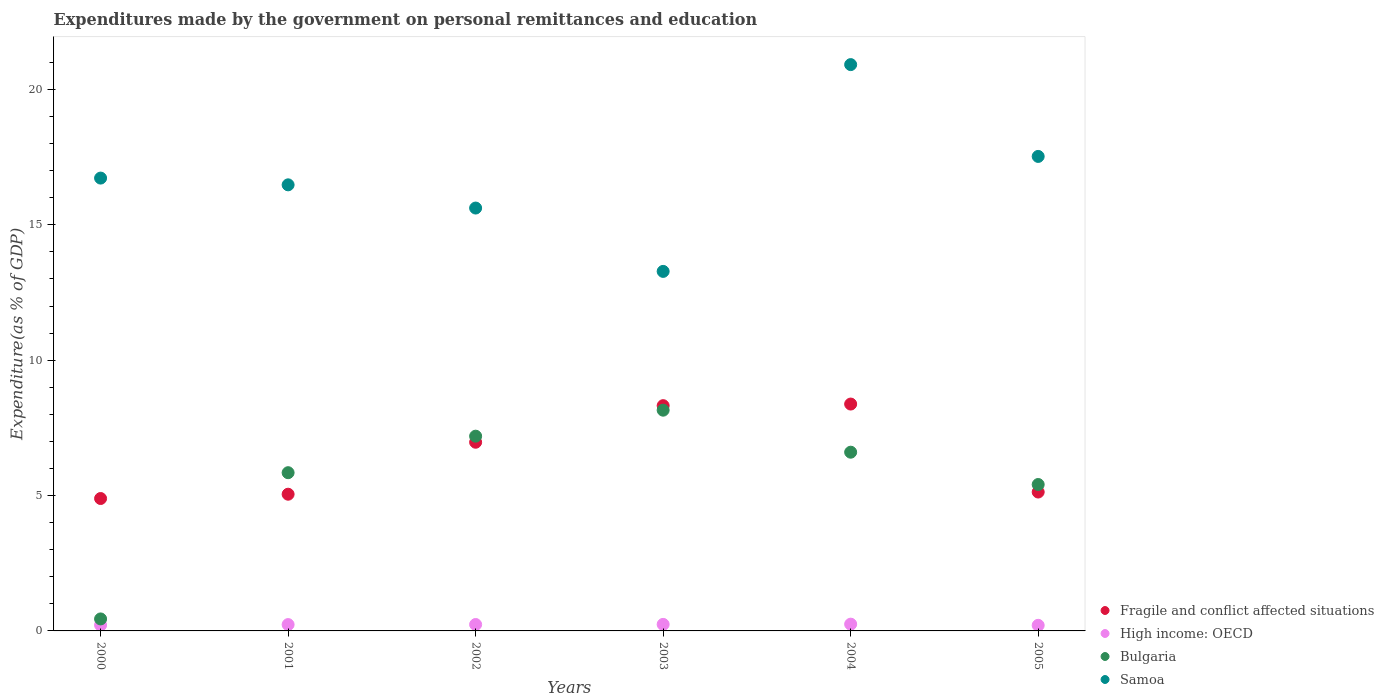
| Years | Fragile and conflict affected situations | High income: OECD | Bulgaria | Samoa |
 | --- | --- | --- | --- | --- |
 | 2000 | 4.89 | 0.215 | 0.443 | 16.7 |
 | 2001 | 5.05 | 0.234 | 5.84 | 16.5 |
 | 2002 | 6.97 | 0.237 | 7.19 | 15.6 |
 | 2003 | 8.32 | 0.241 | 8.15 | 13.3 |
 | 2004 | 8.38 | 0.25 | 6.6 | 20.9 |
 | 2005 | 5.13 | 0.207 | 5.41 | 17.5 |